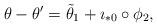
LaTeX: \begin{align*}\theta-\theta' = {\tilde \theta}_1+\imath_{*0}\circ \phi_2,\end{align*}